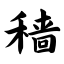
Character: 穑